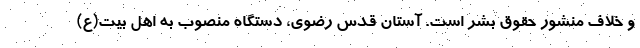
و خلاف منشور حقوق بشر است. آستان قدس رضوی، دستگاه منصوب به اهل بیت(ع)